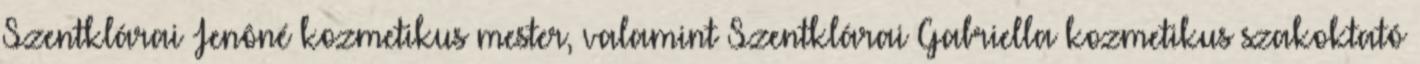
Szentklárai Jenôné kozmetikus mester, valamint Szentklárai Gabriella kozmetikus szakoktató